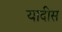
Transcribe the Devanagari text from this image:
यादीस